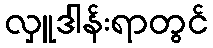
လှူဒါန်းရာတွင်